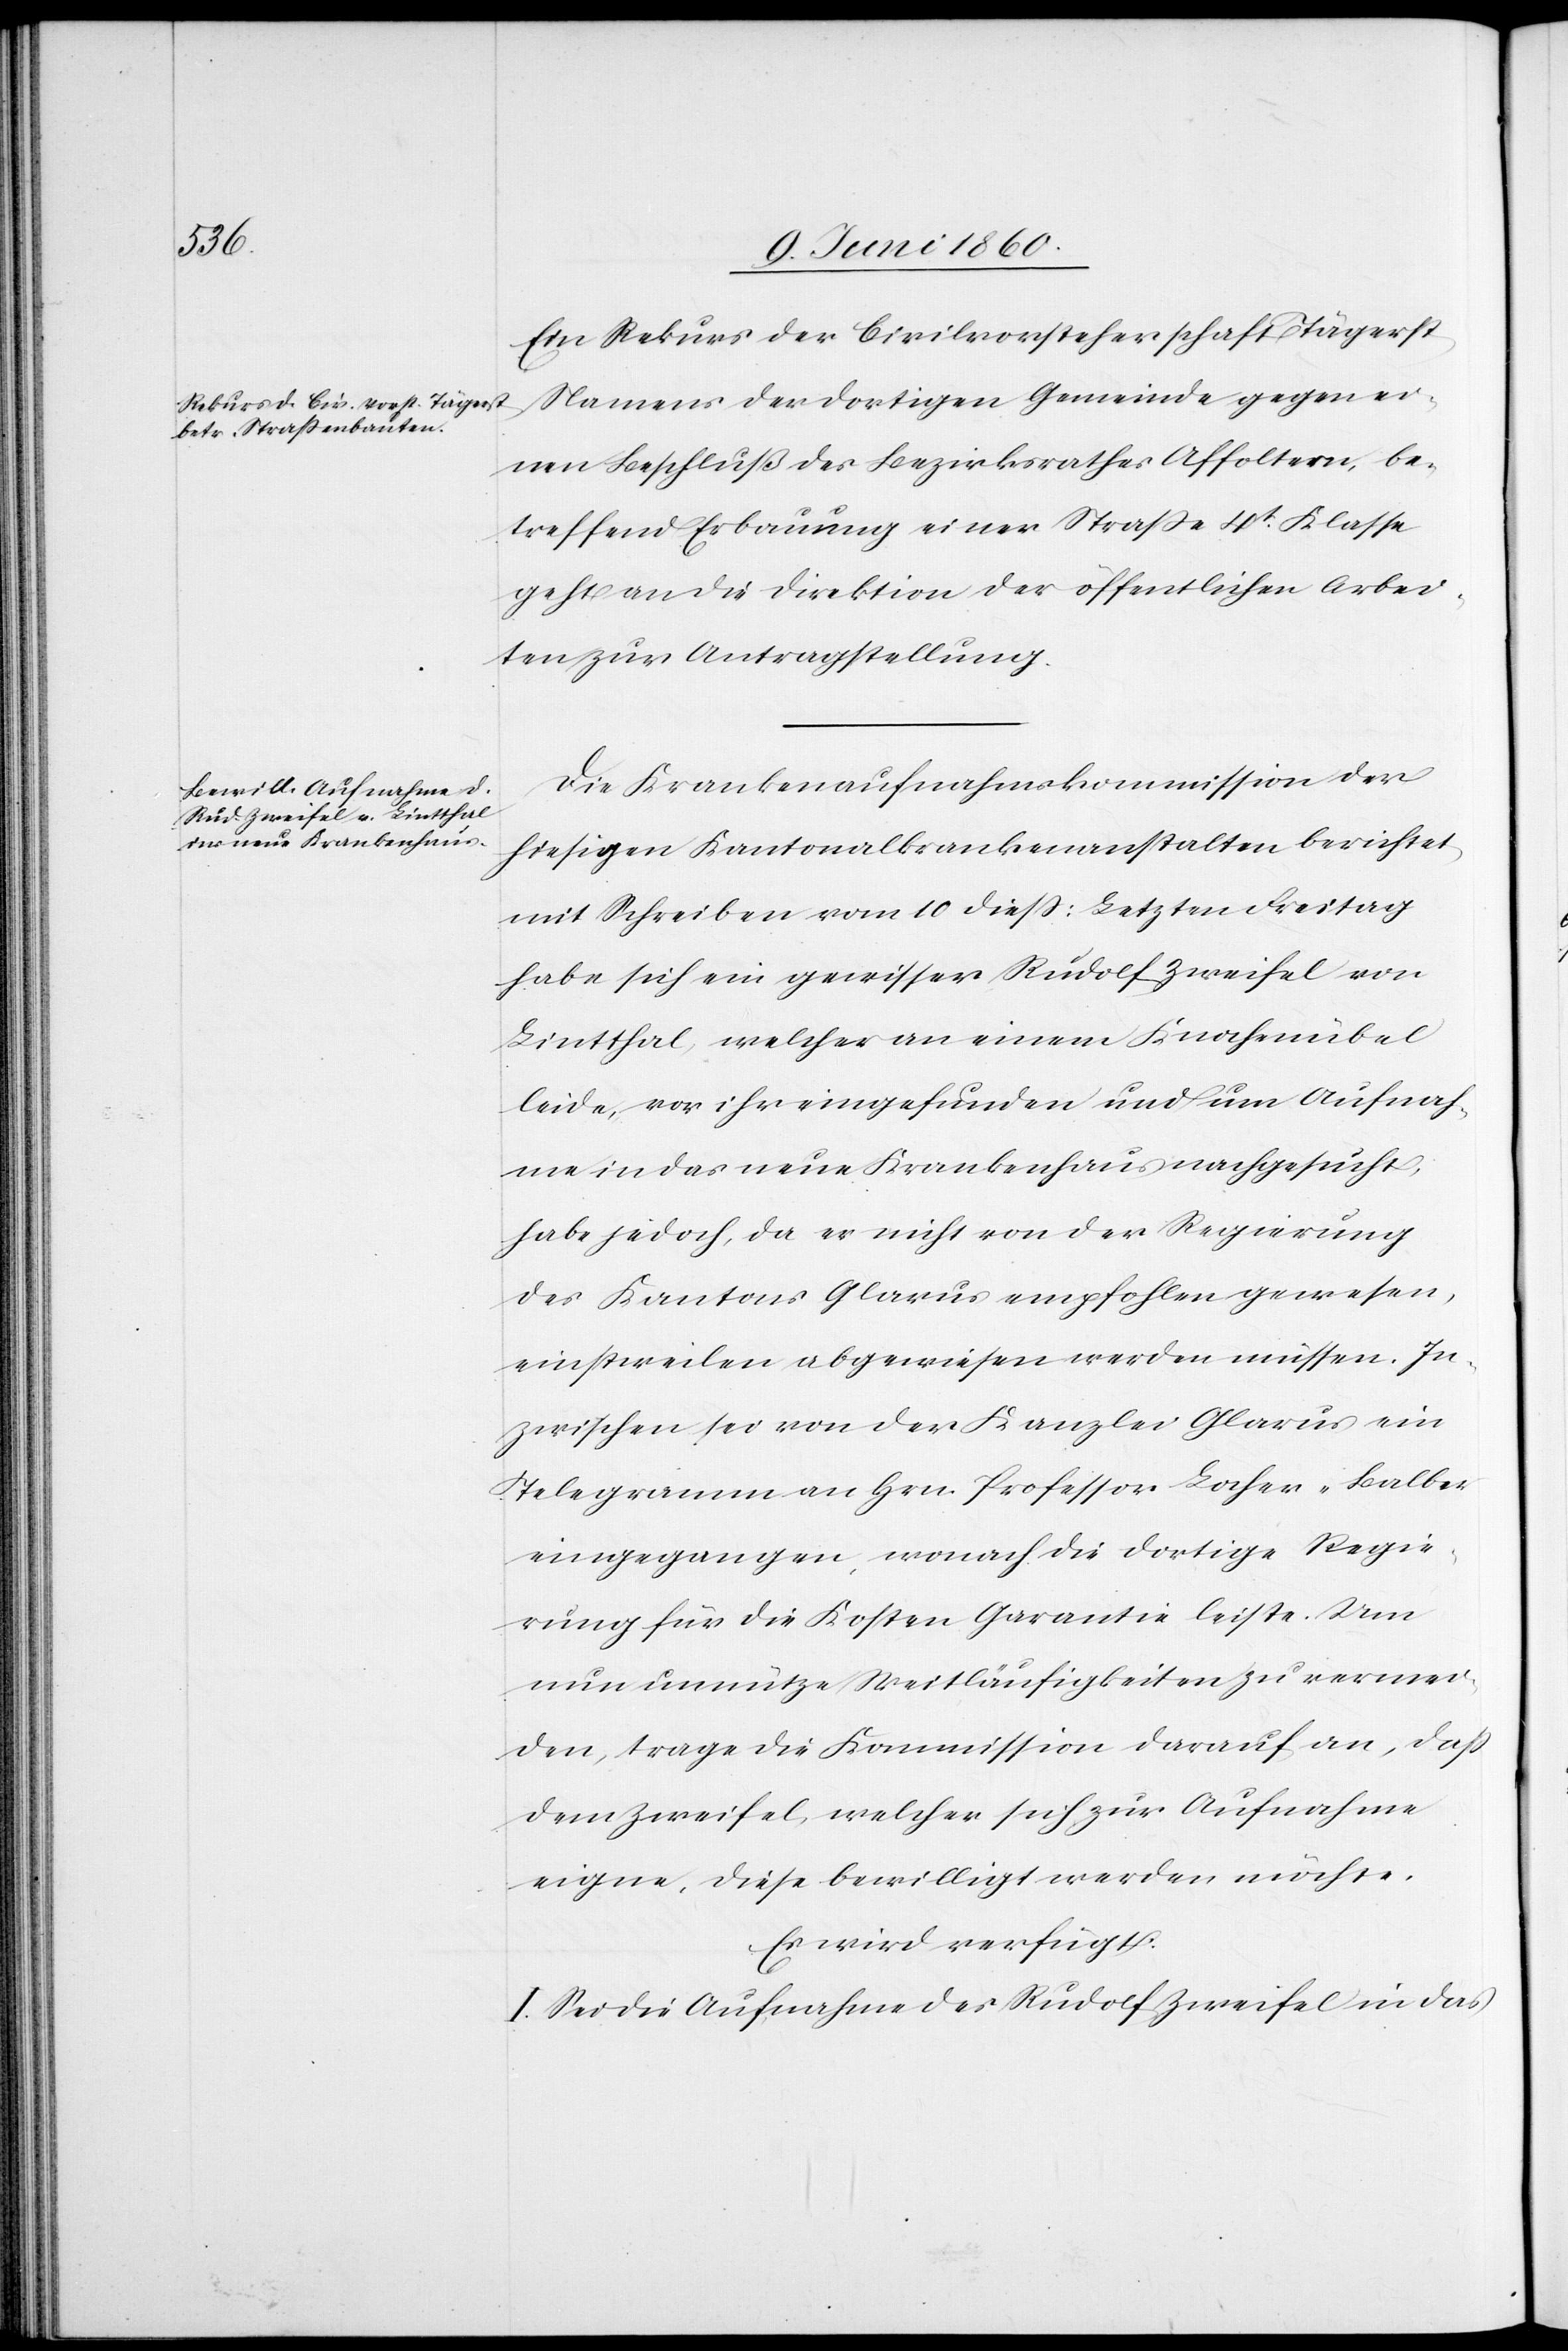
11. Juni 1860.]
Ein Rekurs der Civilvorsteherschaft Tägerst
Namens der dortigen Gemeinde gegen ei¬
nen Beschluß des Bezirksrathes Affoltern, be¬
treffend Erbauung einer Strasse 4t Klasse
geht an die Direktion der öffentlichen Arbei¬
ten zur Antragstellung.
Die Krankenaufnahmskommission der
hiesigen Kantonalkrankenanstalten berichtet,
mit Schreiben vom 10 diess: Letzten Freitag
habe sich ein gewisser Rudolf Zweifel von
Lintthal, welcher an einem Knöchelübel
leide, vor ihr eingefunden und um Aufnah¬
me in das neue Krankenhaus nachgesucht,
habe jedoch, da er nicht von der Regierung
des Kantons Glarus empfohlen gewesen,
einstweilen abgewiesen werden müssen. In¬
zwischen sei von der Kanzlei Glarus ein
Telegramm an Hrn. Professor Locher-Balber
eingegangen, wonach die dortige Regie¬
rung für die Kosten Garantie leiste. Um
nun unnütze Weitläufigkeiten zu vermei¬
den, trage die Kommission darauf an, dass
dem Zweifel, welcher sich zur Aufnahme
eigne, diese bewilligt werden möchte.
Es wird verfügt:
I. Sei die Aufnahme des Rudolf Zweifel in das